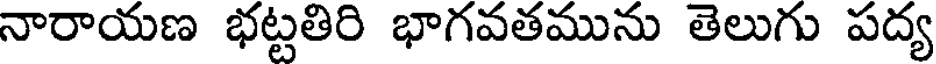
నారాయణ భట్టతిరి భాగవతమును తెలుగు పద్య